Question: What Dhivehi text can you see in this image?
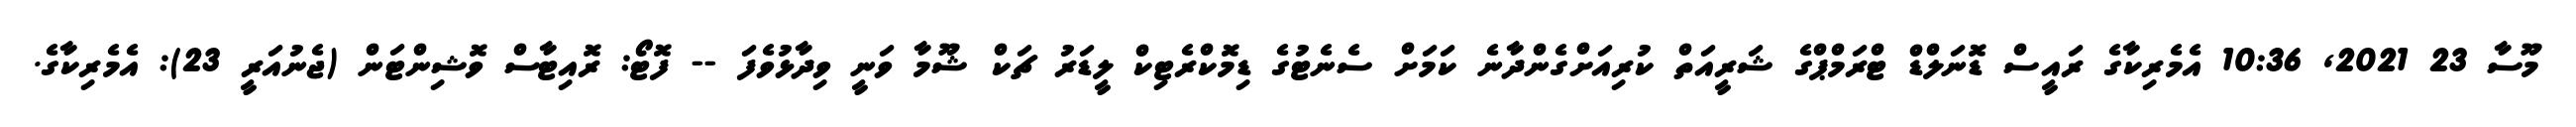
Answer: މޫސާ 23 2021, 10:36 އެމެރިކާގެ ރައީސް ޑޮނަލްޑް ޓްރަމްޕްގެ ޝަރީއަތް ކުރިއަށްގެންދާނެ ކަމަށް ސެނެޓުގެ ޑިމޮކްރެޓިކް ލީޑަރު ޗަކް ޝޫމާ ވަނީ ވިދާޅުވެފަ -- ފޮޓޯ: ރޮއިޓާސް ވޮޝިންޓަން (ޖެނުއަރީ 23): އެމެރިކާގެ.